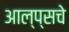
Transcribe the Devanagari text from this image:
आल्प्सचे